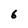
Character: 6